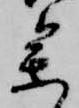
参